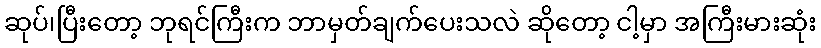
ဆုပ်၊ပြီးတော့ ဘုရင်ကြီးက ဘာမှတ်ချက်ပေးသလဲ ဆိုတော့ ငါ့မှာ အကြီးမားဆုံး